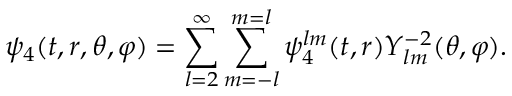
\psi _ { 4 } ( t , r , \theta , \varphi ) = \sum _ { l = 2 } ^ { \infty } \sum _ { m = - l } ^ { m = l } \psi _ { 4 } ^ { l m } ( t , r ) Y _ { l m } ^ { - 2 } ( \theta , \varphi ) .